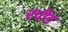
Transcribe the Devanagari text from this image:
रपीड